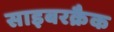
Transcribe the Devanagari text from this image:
साइबरक्रैक